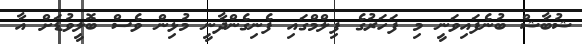
ޝުބާޝް ބުނެފައިވަނީ މި ފަހަރުގެ ފިލްމްގައި ފެނިގެންދާނީ މުޅިން ވެސް ބޮލީވުޑަށް އާ